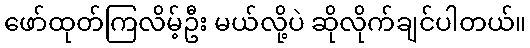
ဖော်ထုတ်ကြလိမ့်ဦး မယ်လို့ပဲ ဆိုလိုက်ချင်ပါတယ်။